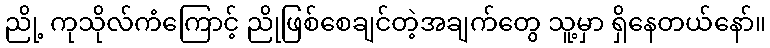
ညို့ ကုသိုလ်ကံကြောင့် ညိုဖြစ်စေချင်တဲ့အချက်တွေ သူ့မှာ ရှိနေတယ်နော်။